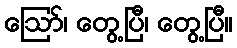
ဪ၊ တွေ့ပြီ၊ တွေ့ပြီ။